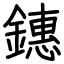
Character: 鏸